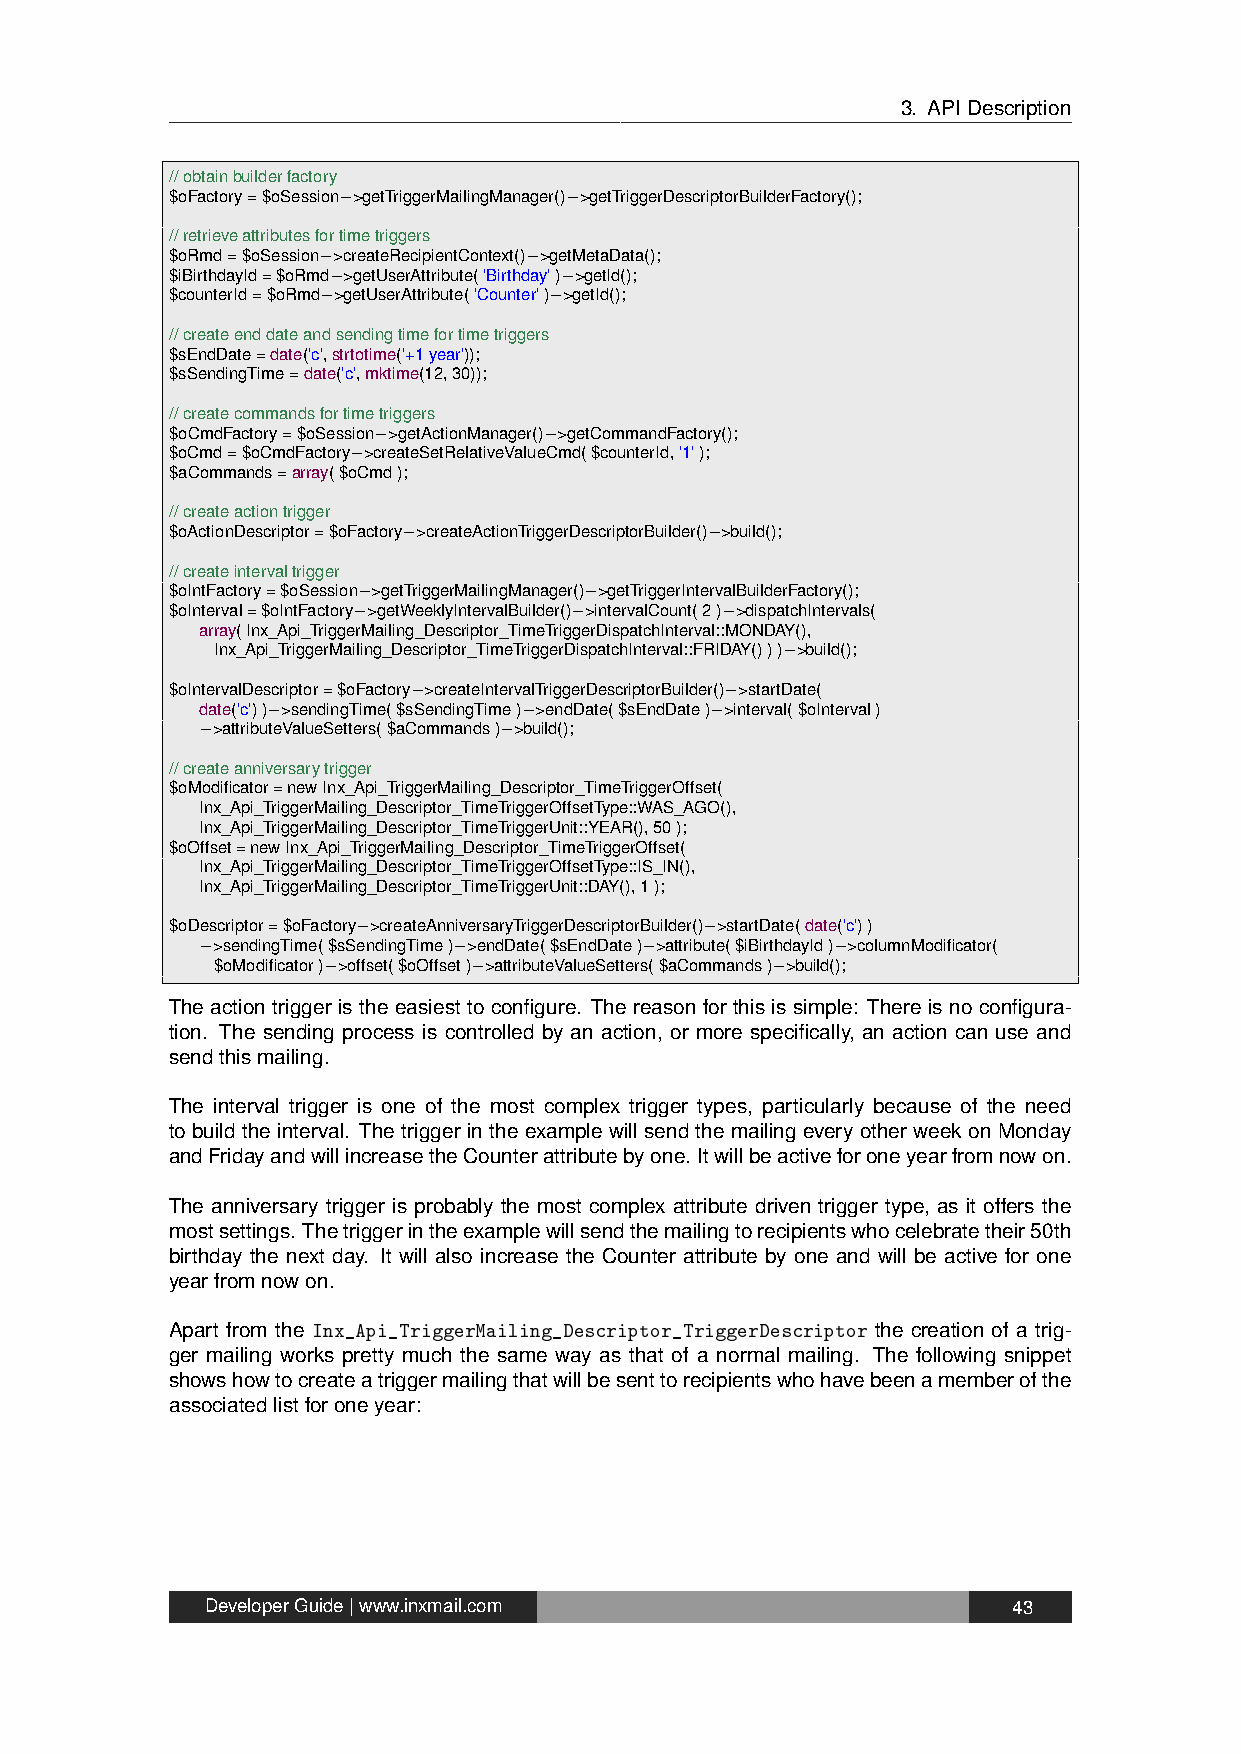
3. APIDescription
 //obtainbuilderfactory
 $oFactory=$oSession−>getTriggerMailingManager()−>getTriggerDescriptorBuilderFactory();
 //retrieveattributesfortimetriggers
 $oRmd=$oSession−>createRecipientContext()−>getMetaData();
 $iBirthdayId=$oRmd−>getUserAttribute('Birthday')−>getId();
 $counterId=$oRmd−>getUserAttribute('Counter')−>getId();
 //createenddateandsendingtimefortimetriggers
 $sEndDate=date('c',strtotime('+1year'));
 $sSendingTime=date('c',mktime(12,30));
 //createcommandsfortimetriggers
 $oCmdFactory=$oSession−>getActionManager()−>getCommandFactory();
 $oCmd=$oCmdFactory−>createSetRelativeValueCmd($counterId,'1');
 $aCommands=array($oCmd);
 //createactiontrigger
 $oActionDescriptor=$oFactory−>createActionTriggerDescriptorBuilder()−>build();
 //createintervaltrigger
 $oIntFactory=$oSession−>getTriggerMailingManager()−>getTriggerIntervalBuilderFactory();
 $oInterval=$oIntFactory−>getWeeklyIntervalBuilder()−>intervalCount(2)−>dispatchIntervals(
 array(Inx_Api_TriggerMailing_Descriptor_TimeTriggerDispatchInterval::MONDAY(),
 Inx_Api_TriggerMailing_Descriptor_TimeTriggerDispatchInterval::FRIDAY()))−>build();
 $oIntervalDescriptor=$oFactory−>createIntervalTriggerDescriptorBuilder()−>startDate(
 date('c'))−>sendingTime($sSendingTime)−>endDate($sEndDate)−>interval($oInterval)
 −>attributeValueSetters($aCommands)−>build();
 //createanniversarytrigger
 $oModificator=newInx_Api_TriggerMailing_Descriptor_TimeTriggerOffset(
 Inx_Api_TriggerMailing_Descriptor_TimeTriggerOffsetType::WAS_AGO(),
 Inx_Api_TriggerMailing_Descriptor_TimeTriggerUnit::YEAR(),50);
 $oOffset=newInx_Api_TriggerMailing_Descriptor_TimeTriggerOffset(
 Inx_Api_TriggerMailing_Descriptor_TimeTriggerOffsetType::IS_IN(),
 Inx_Api_TriggerMailing_Descriptor_TimeTriggerUnit::DAY(),1);
 $oDescriptor=$oFactory−>createAnniversaryTriggerDescriptorBuilder()−>startDate(date('c'))
 −>sendingTime($sSendingTime)−>endDate($sEndDate)−>attribute($iBirthdayId)−>columnModificator(
 $oModificator)−>offset($oOffset)−>attributeValueSetters($aCommands)−>build();
 The action trigger is the easiest to configure. The reason for this is simple: There is no configura-
 tion. The sending process is controlled by an action, or more specifically, an action can use and
 sendthismailing.
 The interval trigger is one of the most complex trigger types, particularly because of the need
 to build the interval. The trigger in the example will send the mailing every other week on Monday
 andFridayandwillincreasetheCounterattributebyone. Itwillbeactiveforoneyearfromnowon.
 The anniversary trigger is probably the most complex attribute driven trigger type, as it offers the
 mostsettings. Thetriggerintheexamplewillsendthemailingtorecipientswhocelebratetheir50th
 birthday the next day. It will also increase the Counter attribute by one and will be active for one
 yearfromnowon.
 Apart from the Inx_Api_TriggerMailing_Descriptor_TriggerDescriptor the creation of a trig-
 ger mailing works pretty much the same way as that of a normal mailing. The following snippet
 showshowtocreateatriggermailingthatwillbesenttorecipientswhohavebeenamemberofthe
 associatedlistforoneyear:
 DeveloperGuide|www.inxmail.com                       43